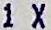
1 X